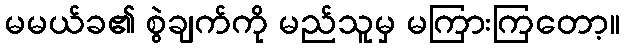
မမယ်ခ၏ စွဲချက်ကို မည်သူမှ မကြားကြတော့။